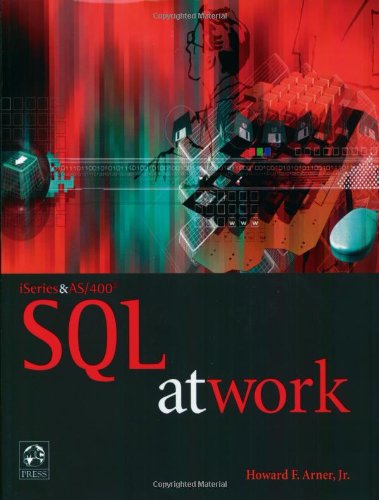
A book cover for iSeries and AS/400 SQL at Work; Howard F. Arner Jr.; Computers & Technology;